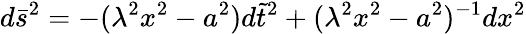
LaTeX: d\bar{s}^{2}=-(\lambda^{2}x^{2}-a^{2})d\tilde{t}^{2}+(\lambda^{2}x^{2}-a^{2})^{-1}dx^{2}